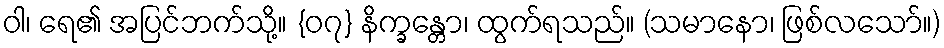
ဝါ၊ ရေ၏ အပြင်ဘက်သို့။ {၀၇} နိက္ခန္တော၊ ထွက်ရသည်။ (သမာနော၊ ဖြစ်လသော်။)